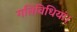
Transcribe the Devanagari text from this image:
गतिविधियां।